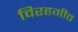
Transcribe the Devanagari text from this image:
विरहगीत